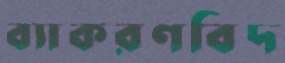
ব্যাকরণবিদ